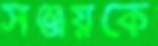
সঞ্জয়কে